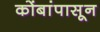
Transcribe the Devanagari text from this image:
कोंबांपासून